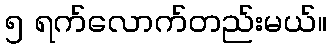
၅ ရက်လောက်တည်းမယ်။